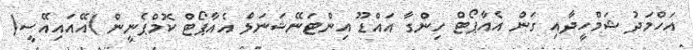
އަހްމަދު ޝަމްހީދާއި ގަން އެއާޕޯޓް ހިންގާ އައްޑޫ އިންޓަނޭޝަނަލް އެއާޕޯޓް ކޮމްޕެނީން )އޭއައިއޭސީ(